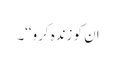
ان کو زندہ کرو‘‘۔